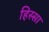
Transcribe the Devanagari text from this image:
हिस्सा